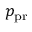
p _ { \mathrm { p r } }